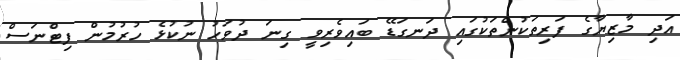
އަދި މާޒިޔާގެ ފަރިތަކުންތަކުގައި ދަނގަޑޭ ބައިވެރިވީ ގިނަ ދުވަހު ނުކުޅެ ހުރުމުން ފިޓްނަސް